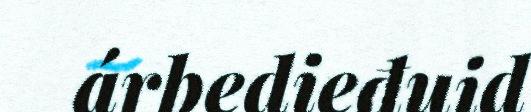
árbedieđuid